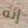
إنه